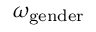
\omega _ { \mathrm { g e n d e r } }